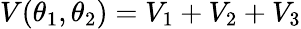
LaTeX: V(\theta_{1},\theta_{2})=V_{1}+V_{2}+V_{3}